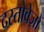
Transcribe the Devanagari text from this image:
दस्‍तोवेज़ों